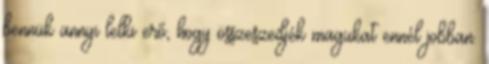
bennük annyi lelki erő, hogy összeszedjék magukat ennél jobban.